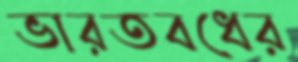
ভারতবধের